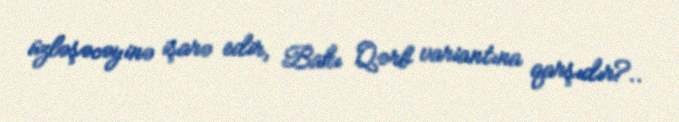
üzləşəcəyinə işarə edir, Bakı Qərb variantına qarşıdır?..